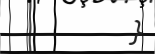
}